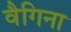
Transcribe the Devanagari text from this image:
वैगिना